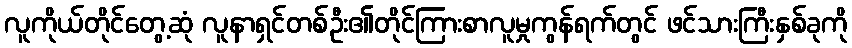
လူကိုယ်တိုင်တွေ့ဆုံ လူနာရှင်တစ်ဦး၏တိုင်ကြားစာလူမှုကွန်ရက်တွင် ဖင်သားကြီးနှစ်ခုကို